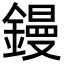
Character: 鏝